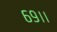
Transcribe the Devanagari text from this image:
६९।।